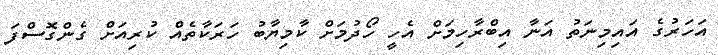
އަހަރުގެ އައިމިނަތު އަނާ އިބްރާހިމަށް އެހީ ހޯދުމަށް ކާމިޔާބު ހަރަކާތެއް ކުރިއަށް ގެންގޮސްފަ